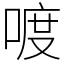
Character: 喥